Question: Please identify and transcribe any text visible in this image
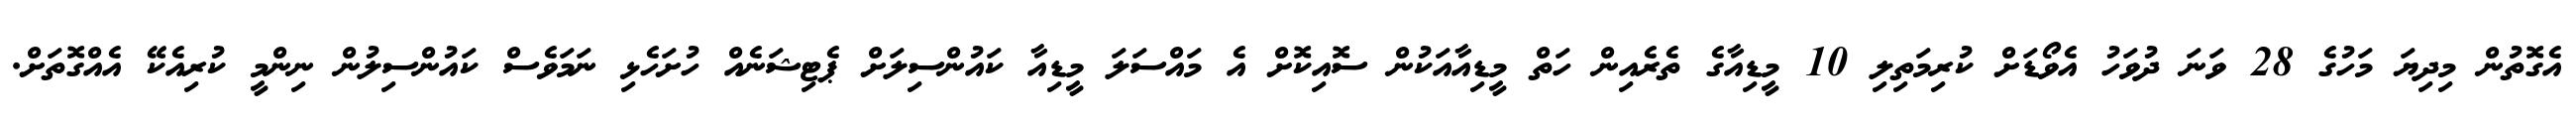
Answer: އެގޮތުން މިދިޔަ މަހުގެ 28 ވަނަ ދުވަހު އެވޯޑަށް ކުރިމަތިލި 10 މީޑިއާގެ ތެރެއިން ހަތް މީޑިއާއަކުން ސޮއިކޮށް އެ މައްސަލަ މީޑިއާ ކައުންސިލަށް ޕެޓިޝަނެއް ހުށަހެޅި ނަމަވެސް ކައުންސިލުން ނިންމީ ކުރިއެކޭ އެއްގޮތަށް.